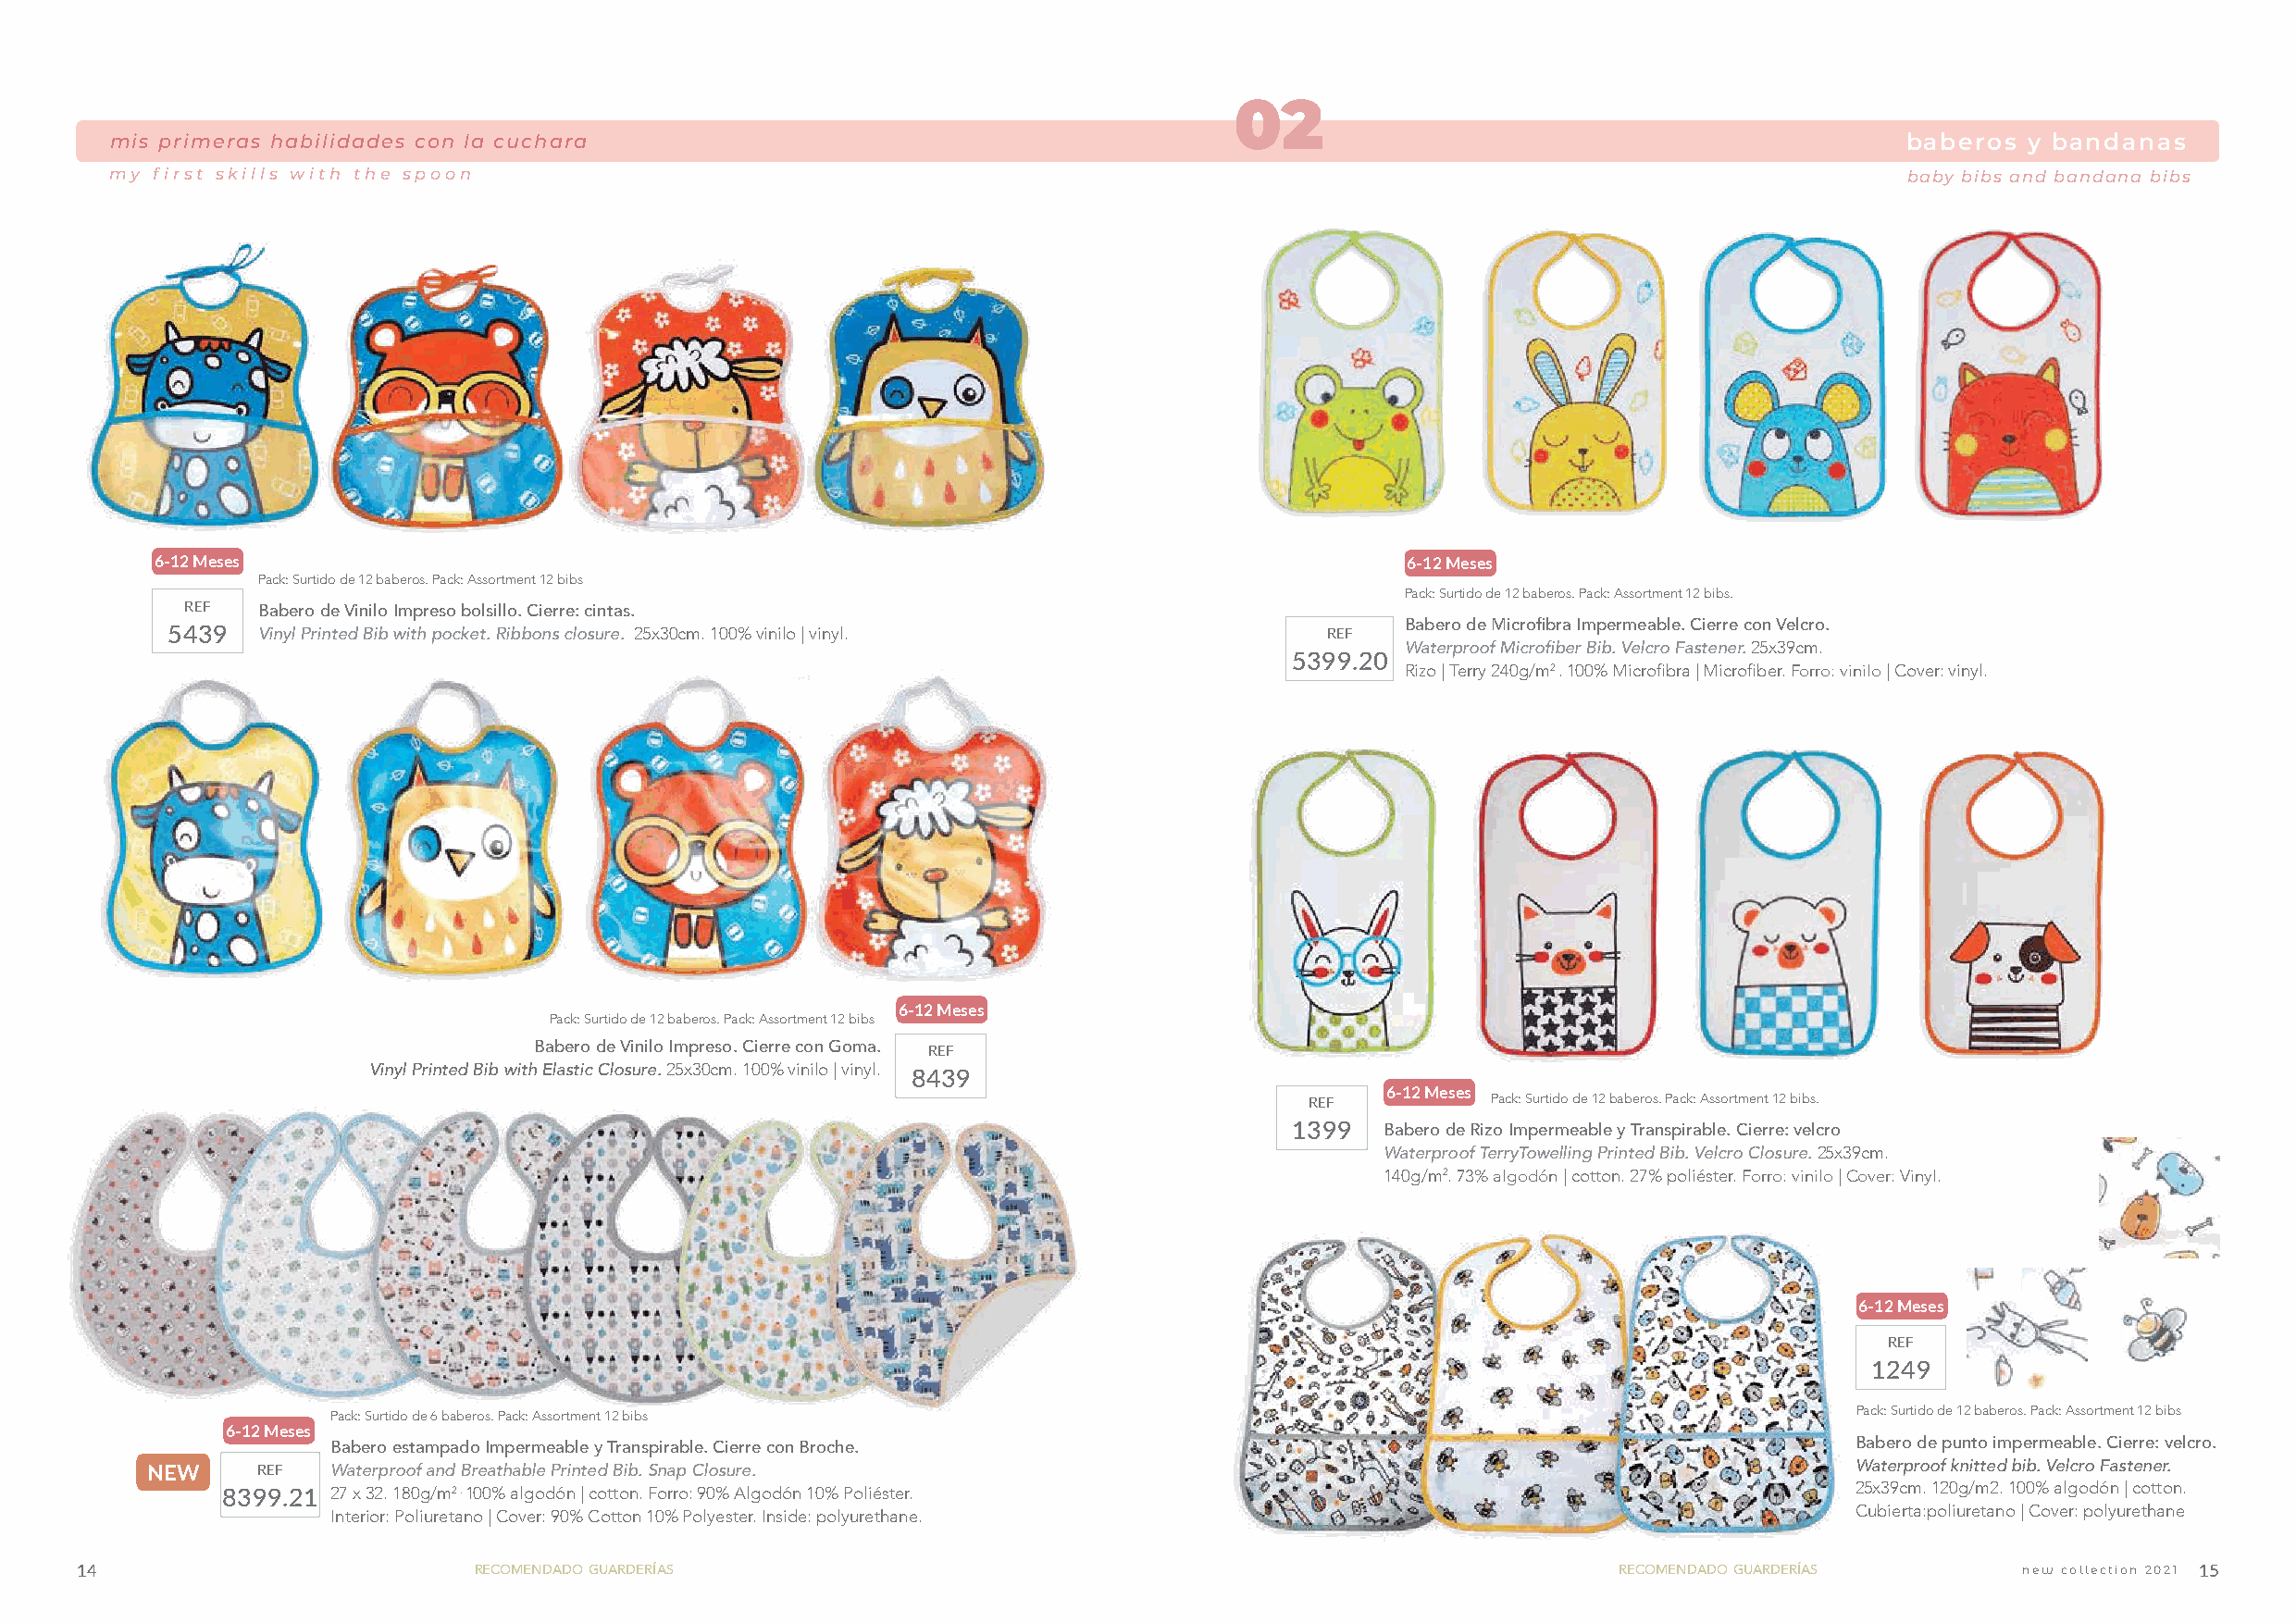
02
 mis primeras habilidades con la cuchara                                                                     mis primeras habilidbadabese rcoosn y l ab acnudcahnaaras
 my first skills with the spoon                                                                                                  baby bibs and bandana bibs
 6-12 Meses                                                                                6-12 Meses
 Pack: Surtido de 12 baberos. Pack: Assortment 12 bibs
 Pack: Surtido de 12 baberos. Pack: Assortment 12 bibs.
 REF  Babero de Vinilo Impreso bolsillo. Cierre: cintas.
 5439  Vinyl Printed Bib with pocket. Ribbons closure. 25x30cm. 100% vinilo | vinyl. REF Babero de Microfibra Impermeable. Cierre con Velcro.
 Waterproof Microfiber Bib. Velcro Fastener. 25x39cm.
 5399.20
 Rizo | Terry 240g/m2 . 100% Microfibra | Microfiber. Forro: vinilo | Cover: vinyl.
 6-12 Meses
 Pack: Surtido de 12 baberos. Pack: Assortment 12 bibs
 Babero de Vinilo Impreso. Cierre con Goma. REF
 Vinyl Printed Bib with Elastic Closure. 25x30cm. 100% vinilo | vinyl.
 8439
 REF  6-12 Meses Pack: Surtido de 12 baberos. Pack: Assortment 12 bibs.
 1399   Babero de Rizo Impermeable y Transpirable. Cierre: velcro
 Waterproof TerryTowelling Printed Bib. Velcro Closure. 25x39cm.
 140g/m2. 73% algodón | cotton. 27% poliéster. Forro: vinilo | Cover: Vinyl.
 6-12 Meses
 REF
 1249
 Pack: Surtido de 6 baberos. Pack: Assortment 12 bibs                                                         Pack: Surtido de 12 baberos. Pack: Assortment 12 bibs
 6-12 Meses
 Babero estampado Impermeable y Transpirable. Cierre con Broche.                                              Babero de punto impermeable. Cierre: velcro.
 NEW    REF   Waterproof and Breathable Printed Bib. Snap Closure.                                                         Waterproof knitted bib. Velcro Fastener.
 8399.21 27 x 32. 180g/m2 . 100% algodón | cotton. Forro: 90% Algodón 10% Poliéster.                                  25x39cm. 120g/m2. 100% algodón | cotton.
 Interior: Poliuretano | Cover: 90% Cotton 10% Polyester. Inside: polyurethane.                               Cubierta:poliuretano | Cover: polyurethane
 14                           recomendado guarderías                                                            recomendado guarderías       new collection 2021 15